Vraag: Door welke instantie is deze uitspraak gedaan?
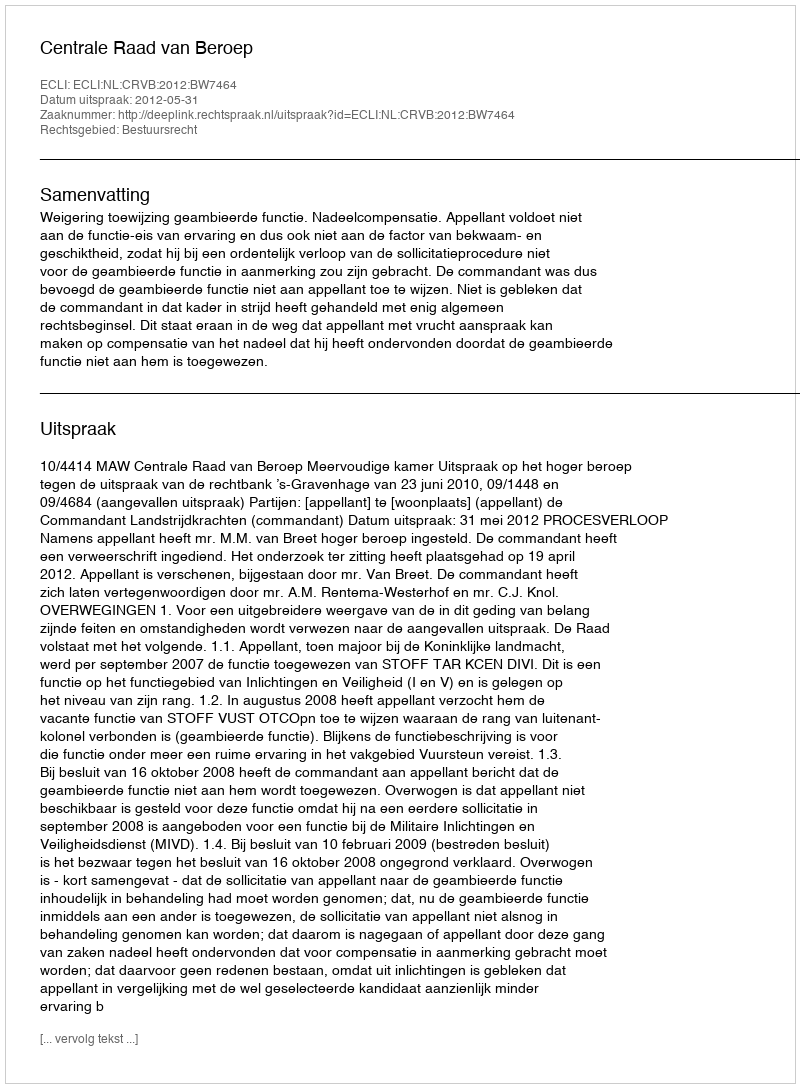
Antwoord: Centrale Raad van Beroep